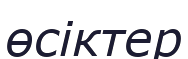
өсіктер